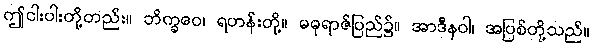
ဤငါးပါးတို့တည်း။ ဘိက္ခဝေ၊ ရဟန်းတို့။ မဓုရာဇ်ပြည်၌။ အာဒီနဝါ၊ အပြစ်တို့သည်။